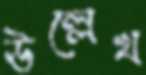
ঊল্লেখ